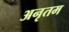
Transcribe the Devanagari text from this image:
अनृतम